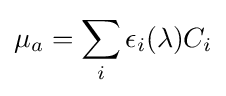
\mu _{a}=\sum _{i}\epsilon _{i}(\lambda )C_{i}